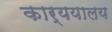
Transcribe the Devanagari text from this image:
कार्ययालय